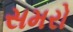
સમરો